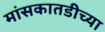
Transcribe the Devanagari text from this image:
मांसकातडीच्या